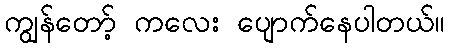
ကျွန်တော့် ကလေး ပျောက်နေပါတယ်။